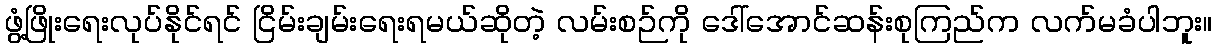
ဖွံ့ဖြိုးရေးလုပ်နိုင်ရင် ငြိမ်းချမ်းရေးရမယ်ဆိုတဲ့ လမ်းစဉ်ကို ဒေါ်အောင်ဆန်းစုကြည်က လက်မခံပါဘူး။